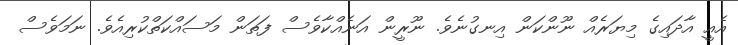
އެއީ އާދައިގެ މިޔަރެއް ނޫންކަން އިނގުނެވެ. ނޫރީން އަނެއްކާވެސް ފަތަން މަސައްކަތްކުރިއެވެ. ނަމަވެސް